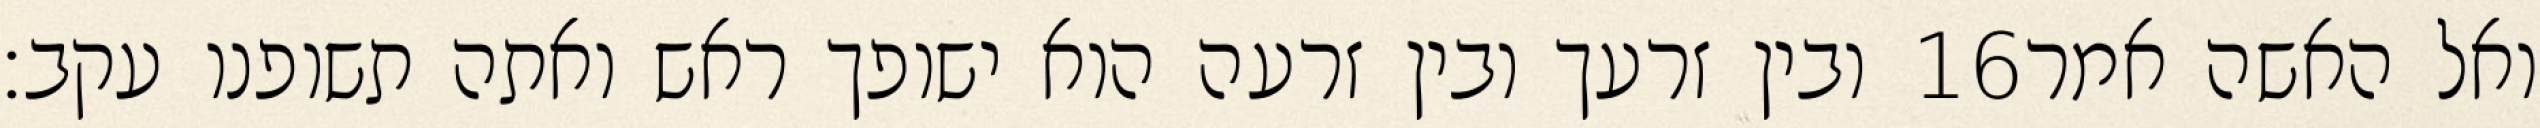
ובין זרעך ובין זרעה הוא ישופך ראש ואתה תשופנו עקב׃ ‎16‏ ואל האשה אמר